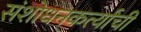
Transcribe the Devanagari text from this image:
संशोधनकर्त्यांची